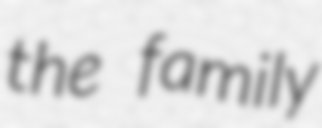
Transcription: the family